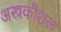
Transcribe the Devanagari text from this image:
अस्त्रकौशल